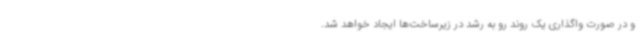
و در صورت واگذاری یک روند رو به رشد در زیرساخت‌ها ایجاد خواهد شد.